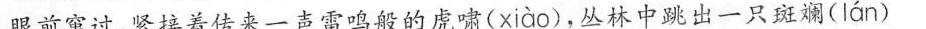
眼前窜过，紧接着传来一声雷鸣般的虎啸( xiào )，丛林中跳出一只斑斓( lán )